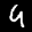
Label: 4